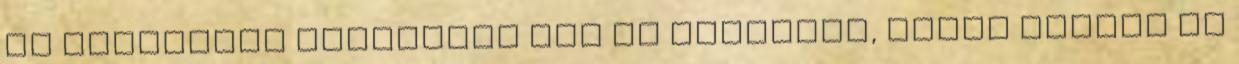
az esztétika világában van az otthonuk, hanem hitünk és